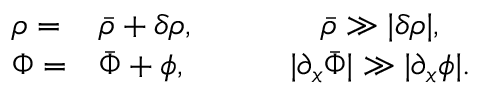
\begin{array} { l l c c c } { \rho = } & { \bar { \rho } + \delta \rho , } & { } & { } & { \bar { \rho } \gg | \delta \rho | , } \\ { \Phi = } & { \bar { \Phi } + \phi , } & { } & { } & { | \partial _ { x } \bar { \Phi } | \gg | \partial _ { x } \phi | . } \end{array}